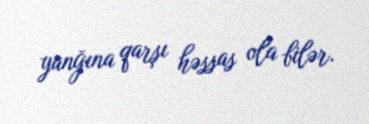
yanğına qarşı həssas ola bilər.